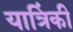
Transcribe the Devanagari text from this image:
यात्रिंकी